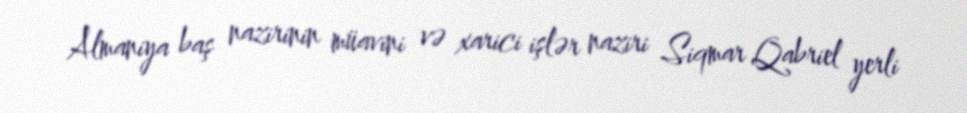
Almaniya baş nazirinin müavini və xarici işlər naziri Siqmar Qabriel yerli